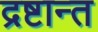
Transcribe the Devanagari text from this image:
द्रष्टान्त